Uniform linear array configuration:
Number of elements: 12
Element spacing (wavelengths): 1
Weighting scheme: blackman
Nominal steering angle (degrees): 0
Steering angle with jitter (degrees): -1.342
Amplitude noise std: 0.05
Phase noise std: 0.05

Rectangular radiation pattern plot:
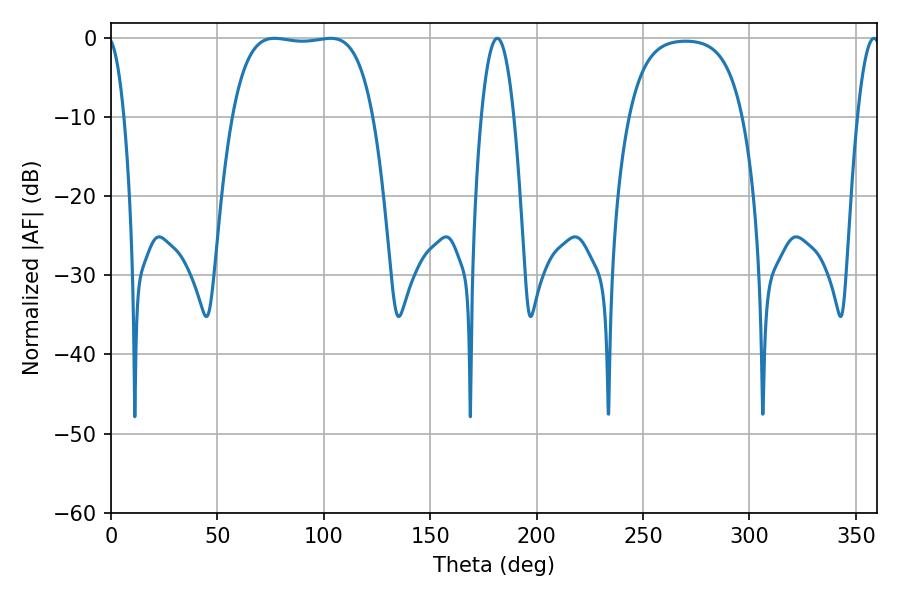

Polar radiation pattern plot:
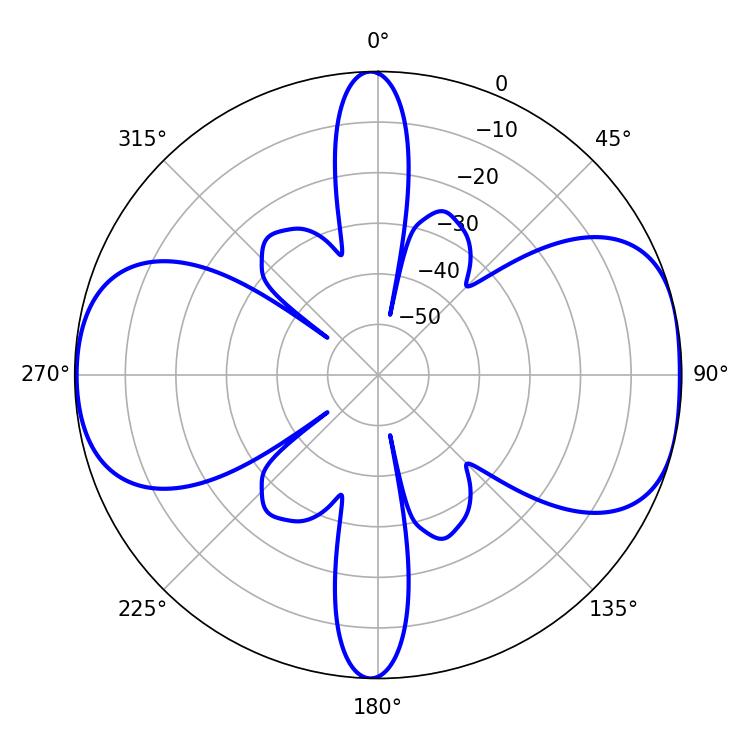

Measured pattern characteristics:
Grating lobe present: TRUE
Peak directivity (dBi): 8.647
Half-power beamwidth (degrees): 51.84
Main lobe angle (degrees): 76.86